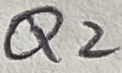
Text: Q2